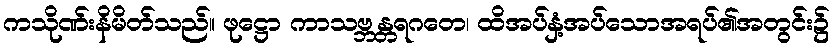
ကသိုဏ်းနိမိတ်သည်။ ဖုဋ္ဌော ကာသဗ္ဘန္တရဂတေ၊ ထိအပ်နှံ့အပ်သောအရပ်၏အတွင်း၌